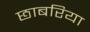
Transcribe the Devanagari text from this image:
छाबरिया